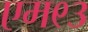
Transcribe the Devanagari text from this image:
एम९३